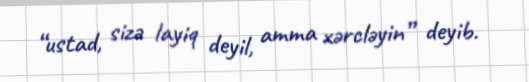
“ustad, sizə layiq deyil, amma xərcləyin” deyib.